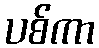
ပစ်ကာ